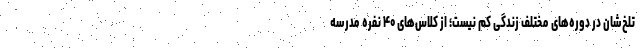
تلخ‌شان در دوره‌های مختلف زندگی کم نیست؛ از کلاس‌های ۴۰ نفره مدرسه